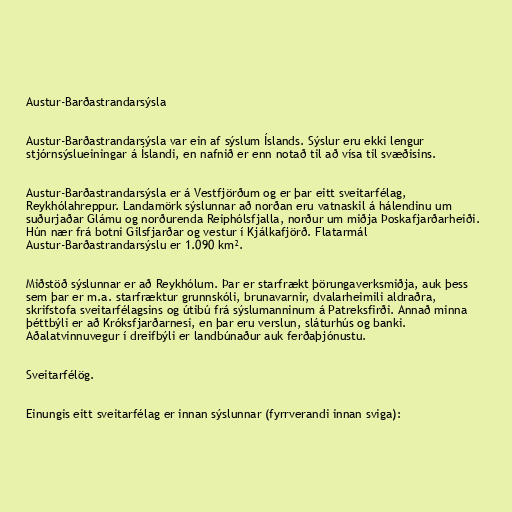
Austur-Barðastrandarsýsla

Austur-Barðastrandarsýsla var ein af sýslum Íslands. Sýslur eru ekki lengur
stjórnsýslueiningar á Íslandi, en nafnið er enn notað til að vísa til svæðisins.

Austur-Barðastrandarsýsla er á Vestfjörðum og er þar eitt sveitarfélag,
Reykhólahreppur. Landamörk sýslunnar að norðan eru vatnaskil á hálendinu um
suðurjaðar Glámu og norðurenda Reiphólsfjalla, norður um miðja Þoskafjarðarheiði.
Hún nær frá botni Gilsfjarðar og vestur í Kjálkafjörð. Flatarmál
Austur-Barðastrandarsýslu er 1.090 km².

Miðstöð sýslunnar er að Reykhólum. Þar er starfrækt þörungaverksmiðja, auk þess
sem þar er m.a. starfræktur grunnskóli, brunavarnir, dvalarheimili aldraðra,
skrifstofa sveitarfélagsins og útibú frá sýslumanninum á Patreksfirði. Annað minna
þéttbýli er að Króksfjarðarnesi, en þar eru verslun, sláturhús og banki.
Aðalatvinnuvegur í dreifbýli er landbúnaður auk ferðaþjónustu.

Sveitarfélög.

Einungis eitt sveitarfélag er innan sýslunnar (fyrrverandi innan sviga):